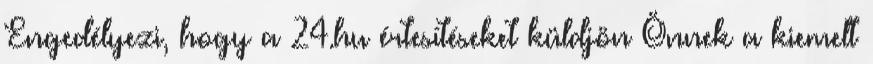
Engedélyezi, hogy a 24.hu értesítéseket küldjön Önnek a kiemelt